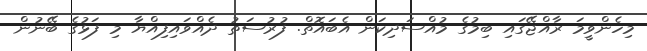
މިހެންވީމަ ރާއްޖޭގައި ބިމުގެ މުއްސަދިކަން އެބައޮތް. ފުރުސަތު ދެއްވައިފިއްޔާ މި ފަޅުގެ ބޭނުން